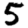
Digit: 5